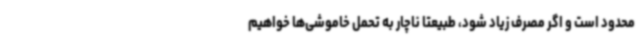
محدود است و اگر مصرف زیاد شود، طبیعتا ناچار به تحمل خاموشی‌ها خواهیم